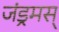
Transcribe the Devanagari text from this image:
जंड्रमस्